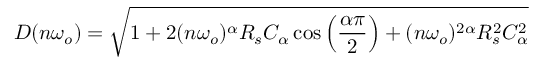
D ( n \omega _ { o } ) = \sqrt { 1 + 2 ( n \omega _ { o } ) ^ { \alpha } R _ { s } C _ { \alpha } \cos \left( \frac { \alpha \pi } { 2 } \right) + ( n \omega _ { o } ) ^ { 2 \alpha } R _ { s } ^ { 2 } C _ { \alpha } ^ { 2 } }